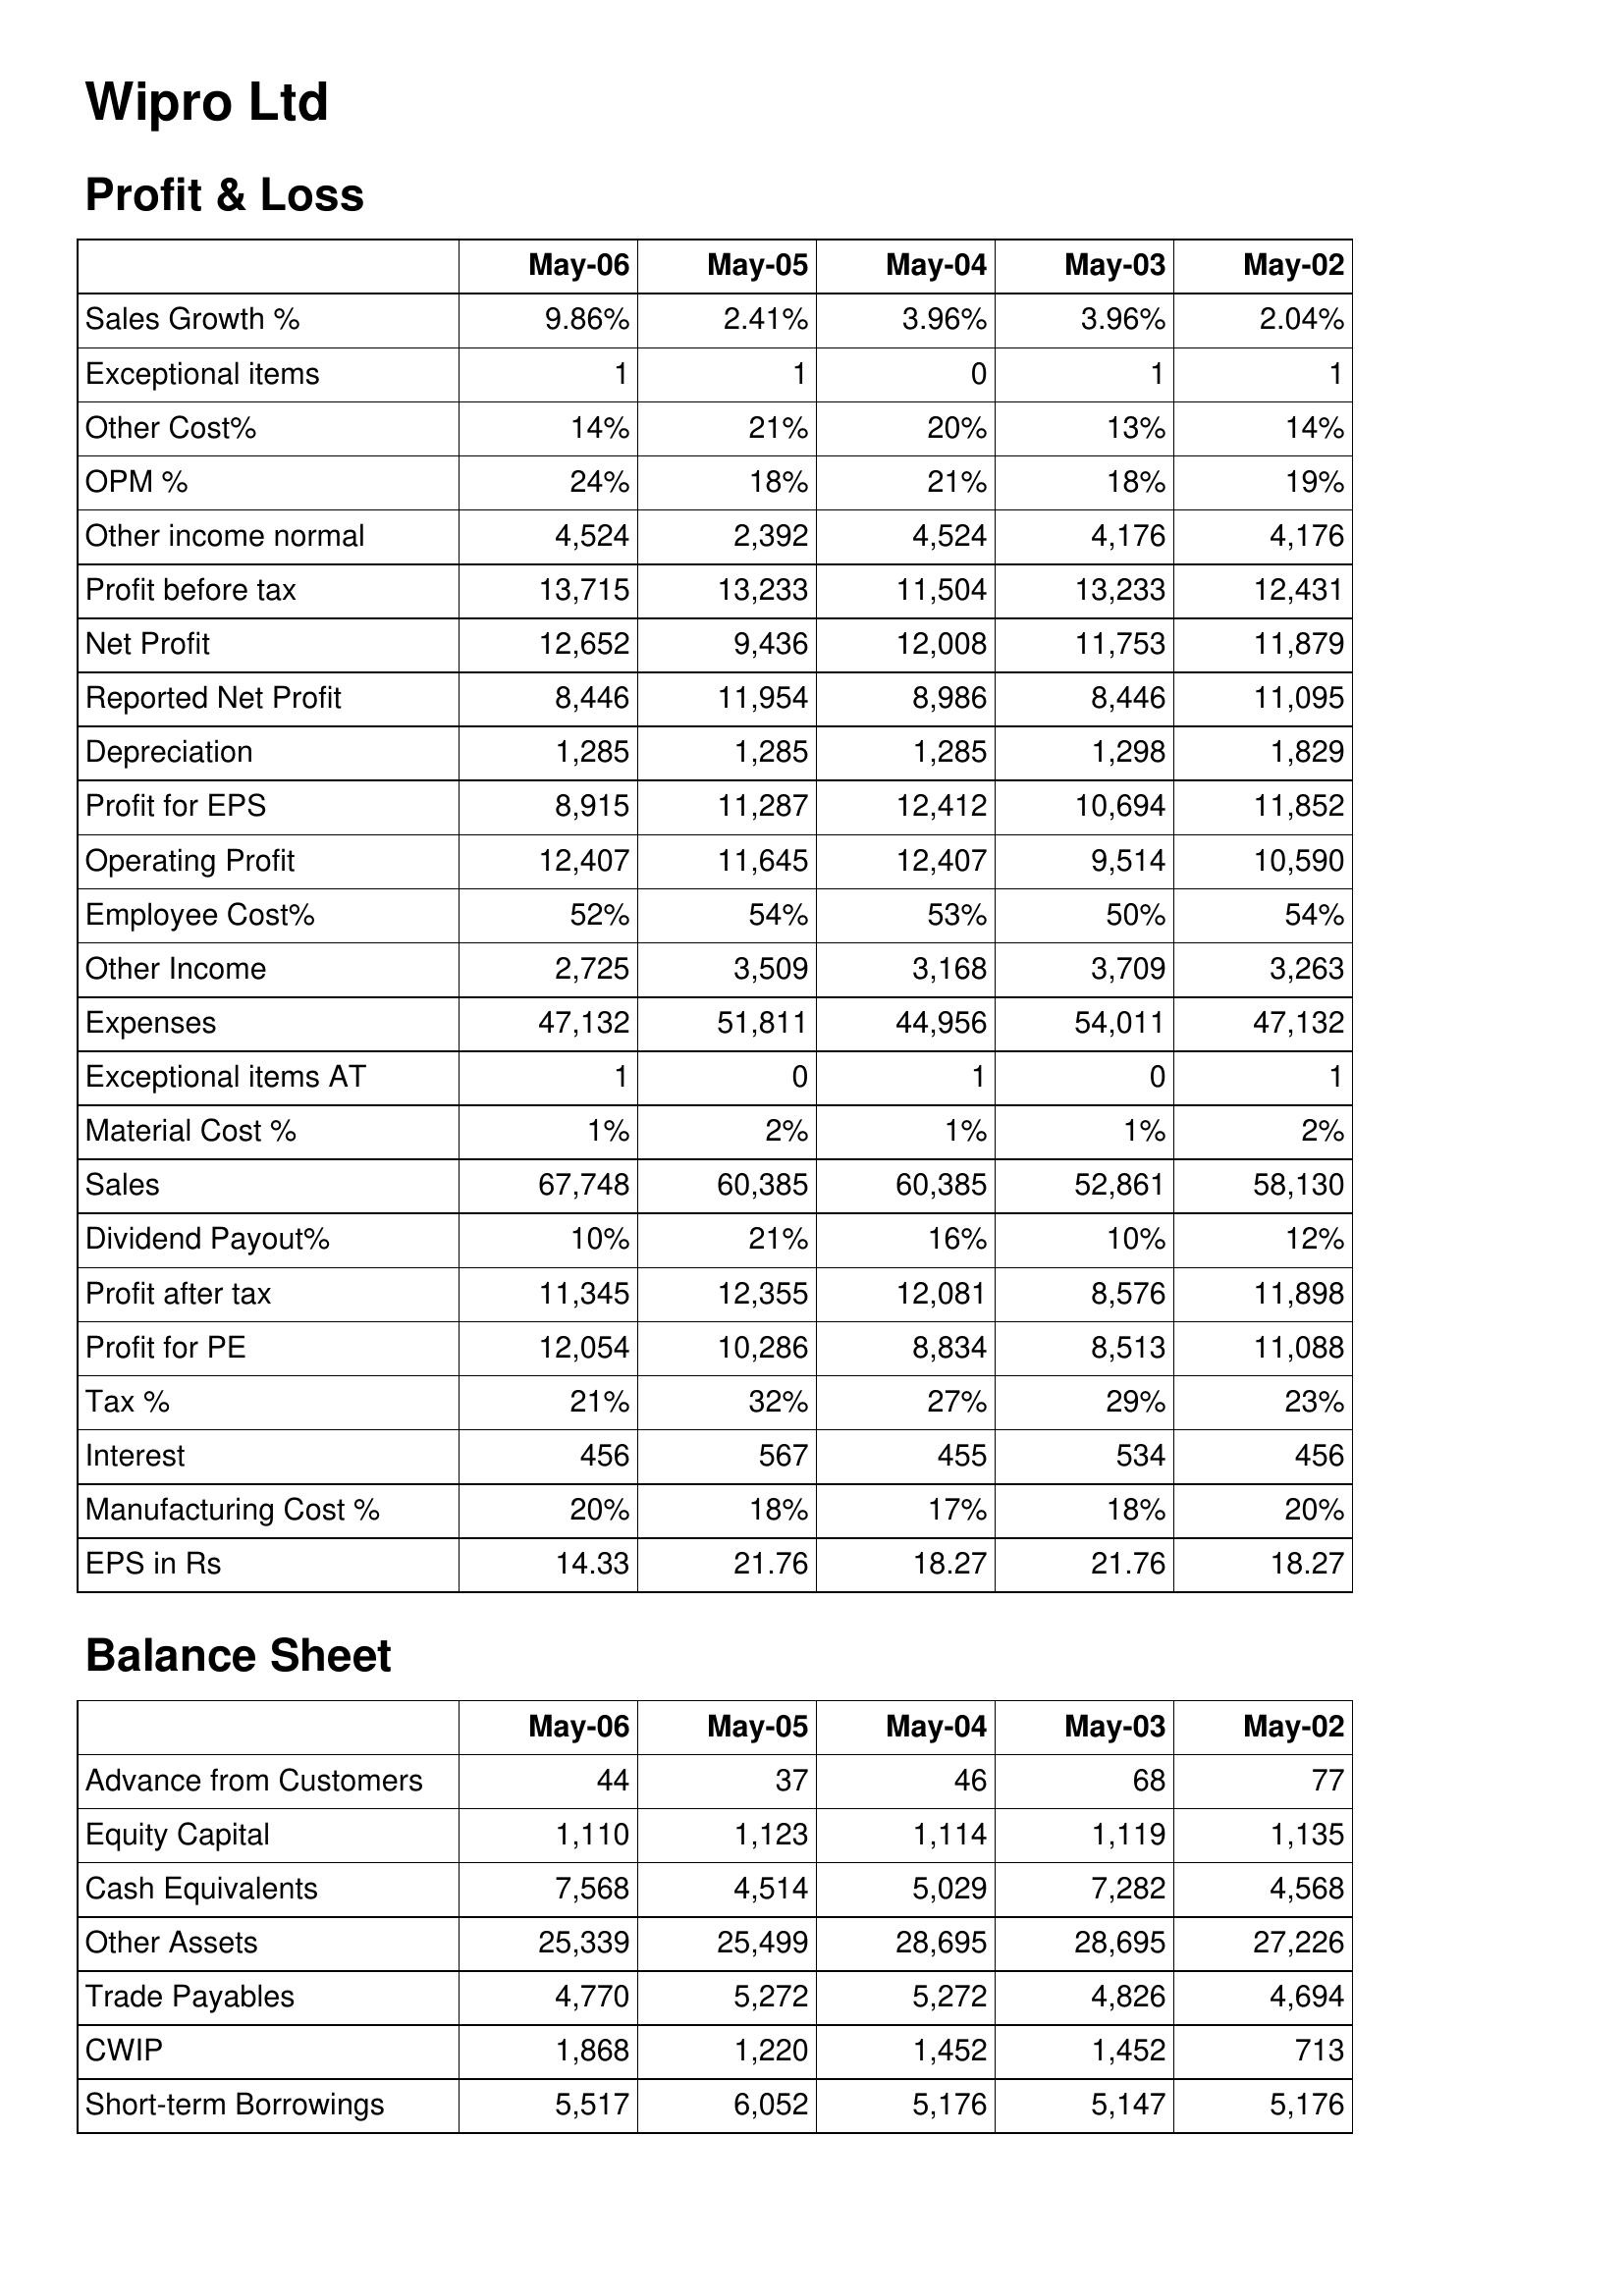
May-06: Profit & Loss: Sales Growth %: 9.86%
Exceptional items: 1
Other Cost%: 14%
OPM %: 24%
Other income normal: 4,524
Profit before tax: 13,715
Net Profit: 12,652
Reported Net Profit: 8,446
Depreciation: 1,285
Profit for EPS: 8,915
Operating Profit: 12,407
Employee Cost%: 52%
Other Income: 2,725
Expenses: 47,132
Exceptional items AT: 1
Material Cost %: 1%
Sales: 67,748
Dividend Payout%: 10%
Profit after tax: 11,345
Profit for PE: 12,054
Tax %: 21%
Interest: 456
Manufacturing Cost %: 20%
EPS in Rs: 14.33
Balance Sheet: Advance from Customers: 44
Equity Capital: 1,110
Cash Equivalents: 7,568
Other Assets: 25,339
Trade Payables: 4,770
CWIP: 1,868
Short-term Borrowings: 5,517
May-05: Profit & Loss: Sales Growth %: 2.41%
Exceptional items: 1
Other Cost%: 21%
OPM %: 18%
Other income normal: 2,392
Profit before tax: 13,233
Net Profit: 9,436
Reported Net Profit: 11,954
Depreciation: 1,285
Profit for EPS: 11,287
Operating Profit: 11,645
Employee Cost%: 54%
Other Income: 3,509
Expenses: 51,811
Exceptional items AT: 0
Material Cost %: 2%
Sales: 60,385
Dividend Payout%: 21%
Profit after tax: 12,355
Profit for PE: 10,286
Tax %: 32%
Interest: 567
Manufacturing Cost %: 18%
EPS in Rs: 21.76
Balance Sheet: Advance from Customers: 37
Equity Capital: 1,123
Cash Equivalents: 4,514
Other Assets: 25,499
Trade Payables: 5,272
CWIP: 1,220
Short-term Borrowings: 6,052
May-04: Profit & Loss: Sales Growth %: 3.96%
Exceptional items: 0
Other Cost%: 20%
OPM %: 21%
Other income normal: 4,524
Profit before tax: 11,504
Net Profit: 12,008
Reported Net Profit: 8,986
Depreciation: 1,285
Profit for EPS: 12,412
Operating Profit: 12,407
Employee Cost%: 53%
Other Income: 3,168
Expenses: 44,956
Exceptional items AT: 1
Material Cost %: 1%
Sales: 60,385
Dividend Payout%: 16%
Profit after tax: 12,081
Profit for PE: 8,834
Tax %: 27%
Interest: 455
Manufacturing Cost %: 17%
EPS in Rs: 18.27
Balance Sheet: Advance from Customers: 46
Equity Capital: 1,114
Cash Equivalents: 5,029
Other Assets: 28,695
Trade Payables: 5,272
CWIP: 1,452
Short-term Borrowings: 5,176
May-03: Profit & Loss: Sales Growth %: 3.96%
Exceptional items: 1
Other Cost%: 13%
OPM %: 18%
Other income normal: 4,176
Profit before tax: 13,233
Net Profit: 11,753
Reported Net Profit: 8,446
Depreciation: 1,298
Profit for EPS: 10,694
Operating Profit: 9,514
Employee Cost%: 50%
Other Income: 3,709
Expenses: 54,011
Exceptional items AT: 0
Material Cost %: 1%
Sales: 52,861
Dividend Payout%: 10%
Profit after tax: 8,576
Profit for PE: 8,513
Tax %: 29%
Interest: 534
Manufacturing Cost %: 18%
EPS in Rs: 21.76
Balance Sheet: Advance from Customers: 68
Equity Capital: 1,119
Cash Equivalents: 7,282
Other Assets: 28,695
Trade Payables: 4,826
CWIP: 1,452
Short-term Borrowings: 5,147
May-02: Profit & Loss: Sales Growth %: 2.04%
Exceptional items: 1
Other Cost%: 14%
OPM %: 19%
Other income normal: 4,176
Profit before tax: 12,431
Net Profit: 11,879
Reported Net Profit: 11,095
Depreciation: 1,829
Profit for EPS: 11,852
Operating Profit: 10,590
Employee Cost%: 54%
Other Income: 3,263
Expenses: 47,132
Exceptional items AT: 1
Material Cost %: 2%
Sales: 58,130
Dividend Payout%: 12%
Profit after tax: 11,898
Profit for PE: 11,088
Tax %: 23%
Interest: 456
Manufacturing Cost %: 20%
EPS in Rs: 18.27
Balance Sheet: Advance from Customers: 77
Equity Capital: 1,135
Cash Equivalents: 4,568
Other Assets: 27,226
Trade Payables: 4,694
CWIP: 713
Short-term Borrowings: 5,176